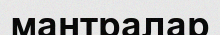
мантралар